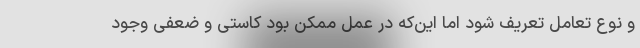
و نوع تعامل تعریف شود اما این‌که در عمل ممکن بود کاستی و ضعفی وجود